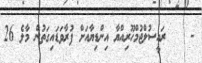
-    ރައީސުލްޖުމްހޫރިއްޔާ އިންޑިޔާއަށް ފުރާވަޑައިގަތުން މާލެ 26